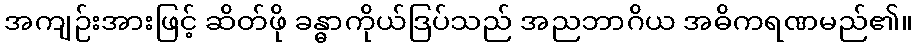
အကျဉ်းအားဖြင့် ဆိတ်ဖို ခန္ဓာကိုယ်ဒြပ်သည် အညဘာဂိယ အဓိကရဏမည်၏။